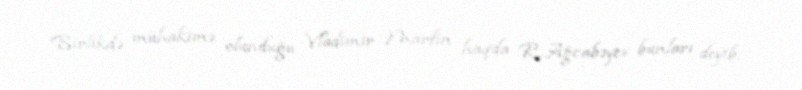
Birlikdə mühakimə olunduğu Vladimir Marfin haqda R.Ağcabəyov bunları deyib: